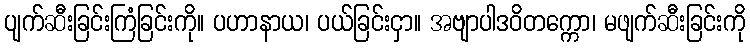
ပျက်ဆီးခြင်းကြံခြင်းကို။ ပဟာနာယ၊ ပယ်ခြင်းငှာ။ အဗျာပါဒဝိတက္ကော၊ မဖျက်ဆီးခြင်းကို